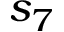
s _ { 7 }